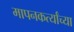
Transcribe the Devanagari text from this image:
मापनकर्त्यांच्या